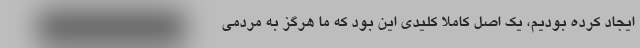
ایجاد کرده بودیم، یک اصل کاملاً کلیدی این بود که ما هرگز به مردمی